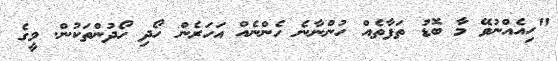
"ހިއެއްނުވޭ މާ ބޮޑު ތަފާތެއް ހުންނާނެ ހެންނެއް އަހަރެން ހޯދި ހޯދުންތަކުން. މީގެ